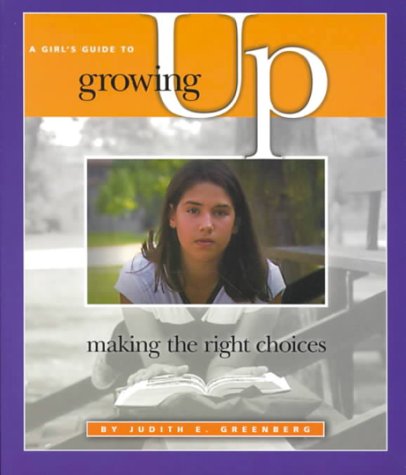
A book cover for A Girl's Guide to Growing Up: Making the Right Choices; Judith E. Greenberg; Teen & Young Adult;